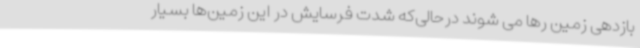
بازدهی زمین رها می شوند درحالی‌که شدت فرسایش در این زمین‌ها بسیار